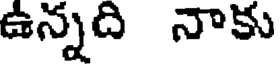
ఉన్నది నాకు